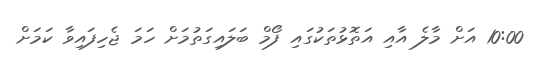
10:00 އަށް މާލެ އާއި އަތޮޅުތަކުގައި ފޯމް ބަލައިގަތުމަށް ހަމަ ޖެހިފައިވާ ކަމަށް